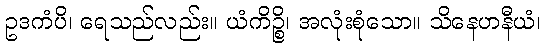
ဥဒကံပိ၊ ရေသည်လည်း။ ယံကိဉ္စိ၊ အလုံးစုံသော။ သိနေဟနီယံ၊